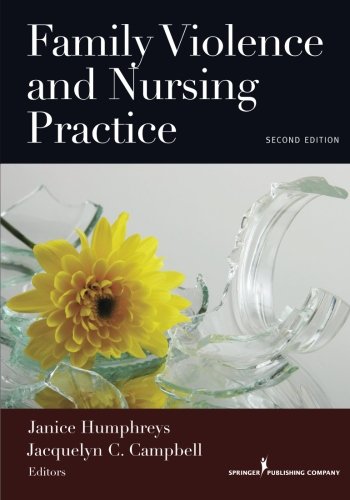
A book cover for Family Violence and Nursing Practice, Second Edition; Medical Books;